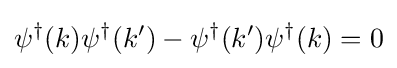
\psi ^{\dagger }(k)\psi ^{\dagger }(k')-\psi ^{\dagger }(k')\psi ^{\dagger }(k)=0